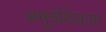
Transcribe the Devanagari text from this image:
अनुवंशिकता